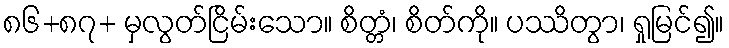
၈၆+၈၇+ မှလွတ်ငြိမ်းသော။ စိတ္တံ၊ စိတ်ကို။ ပဿိတွာ၊ ရှုမြင်၍။